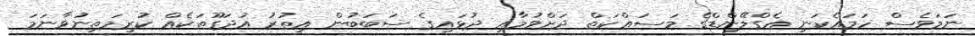
ނަމަވެސް ހަމައެކަނި އެގްލޭންޑްގެ މަސައްކަތް ދަށްވުމާއި ދުޅައިގެ ސަބަބުން އިތުރު އުދަގޫތަކެއް ކުރިމަތިނުވާނަމަ